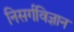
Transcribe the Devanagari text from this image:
निसर्गविज्ञान